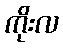
ကိုးလ